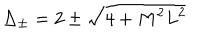
LaTeX: \Delta _ { \pm } = 2 \pm \sqrt { 4 + M ^ { 2 } L ^ { 2 } }